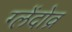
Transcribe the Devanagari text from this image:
ग्लेंदोव्र